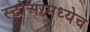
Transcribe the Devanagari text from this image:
स्टोअरमध्येच